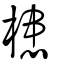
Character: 槵